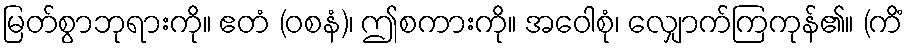
မြတ်စွာဘုရားကို။ ဧတံ (ဝစနံ)၊ ဤစကားကို။ အဝေါစုံ၊ လျှောက်ကြကုန်၏။ (ကိံ